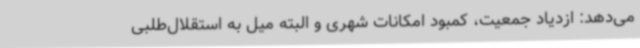
می‌دهد: ازدیاد جمعیت، کمبود امکانات شهری و البته میل به استقلال‌طلبی